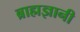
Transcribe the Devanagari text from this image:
ब्राह्मज्ञानी